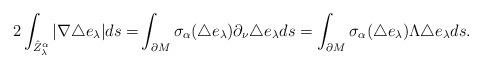
LaTeX: \begin{align*}2\int_{\hat{Z}_\lambda^\alpha} |\nabla\triangle e_\lambda|ds=&\int_{\partial M}\sigma_\alpha(\triangle e_\lambda)\partial_\nu\triangle e_\lambda ds=\int_{\partial M}\sigma_\alpha(\triangle e_\lambda)\Lambda\triangle e_\lambda ds.\end{align*}